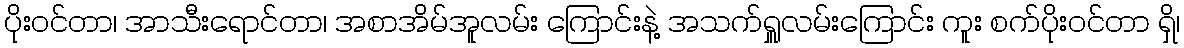
ပိုးဝင်တာ၊ အာသီးရောင်တာ၊ အစာအိမ်အူလမ်း ကြောင်းနဲ့ အသက်ရှူလမ်းကြောင်း ကူး စက်ပိုးဝင်တာ ရှိ၊